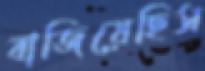
বাজিয়েছিস